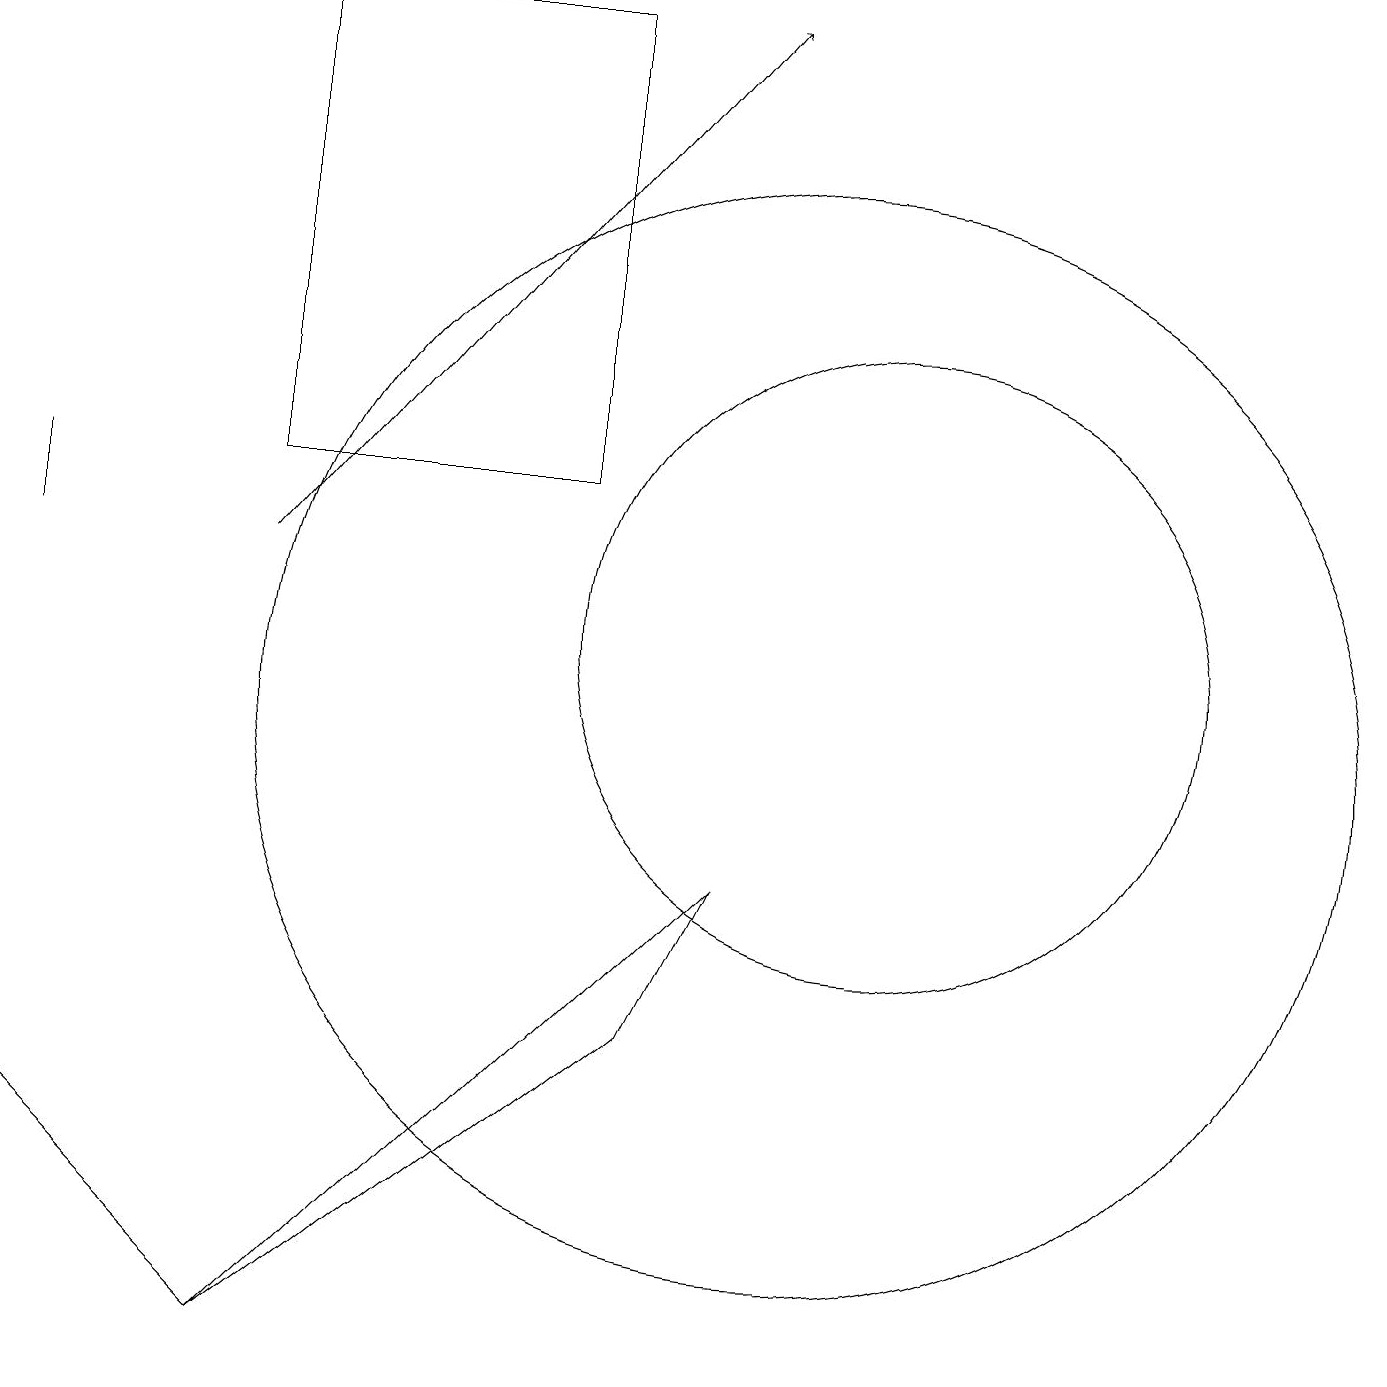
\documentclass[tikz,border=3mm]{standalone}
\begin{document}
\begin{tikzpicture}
\draw (11,11) circle (4);
\draw (3,2) -- (9,8) -- (8,6) -- cycle;
\draw (3,13) rectangle (7,19);
\draw (2,3) -- (0,5) -- (3,2) -- cycle;
\draw[->] (3,12) -- (9,19);
\draw (0,13) rectangle (0,12);
\draw (10,10) circle (7);
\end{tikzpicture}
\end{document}